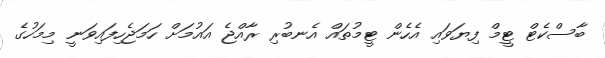
ބާސްކެޓް ޓީމް ފިޔަވައި އެހެން ޓީމުތައް އެނބުރި ރާއްޖެ އައުމަށް ހަމަޖެހިފައިވަނީ މިމަހުގެ